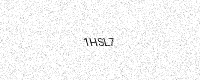
Text: 1HSL7